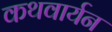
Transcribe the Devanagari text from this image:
कथवार्यन